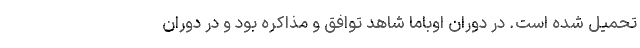
تحمیل شده است. در دوران اوباما شاهد توافق و مذاکره بود و در دوران